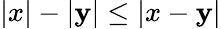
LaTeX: |x|-|\mathbf{y}|\leq|x-\mathbf{y}|